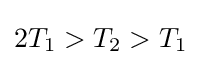
2T_{1}>T_{2}>T_{1}